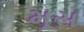
મૂસ